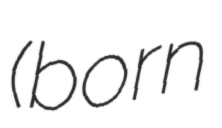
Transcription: (born